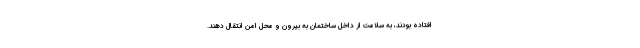
افتاده بودند، به سلامت از داخل ساختمان به بیرون و محل امن انتقال دهند.